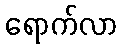
ရောက်လာ